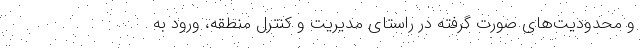
و محدودیت‌های صورت گرفته در راستای مدیریت و کنترل منطقه، ورود به